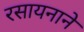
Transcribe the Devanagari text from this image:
रसायनाने